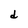
Character: d